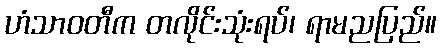
ဟံသာဝတီက တလိုင်းသုံးရပ်၊ ရာမညပြည်။